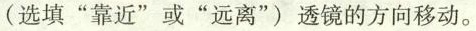
( 选填“靠近”或“远离”)透镜的方向移动。